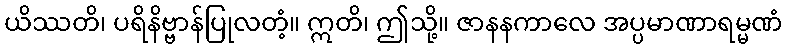
ယိဿတိ၊ ပရိနိဗ္ဗာန်ပြုလတံ့။ ဣတိ၊ ဤသို့။ ဇာနနကာလေ အပ္ပမာဏာရမ္မဏံ